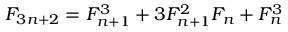
F _ { 3 n + 2 } = F _ { n + 1 } ^ { 3 } + 3 F _ { n + 1 } ^ { 2 } F _ { n } + F _ { n } ^ { 3 }